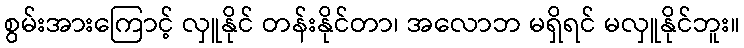
စွမ်းအားကြောင့် လှူနိုင် တန်းနိုင်တာ၊ အလောဘ မရှိရင် မလှူနိုင်ဘူး။